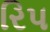
રિપ